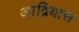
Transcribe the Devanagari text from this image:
आंद्रियास